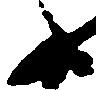
候